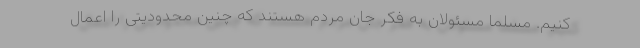
کنیم. مسلما مسئولان به فکر جان مردم هستند که چنین محدودیتی را اعمال